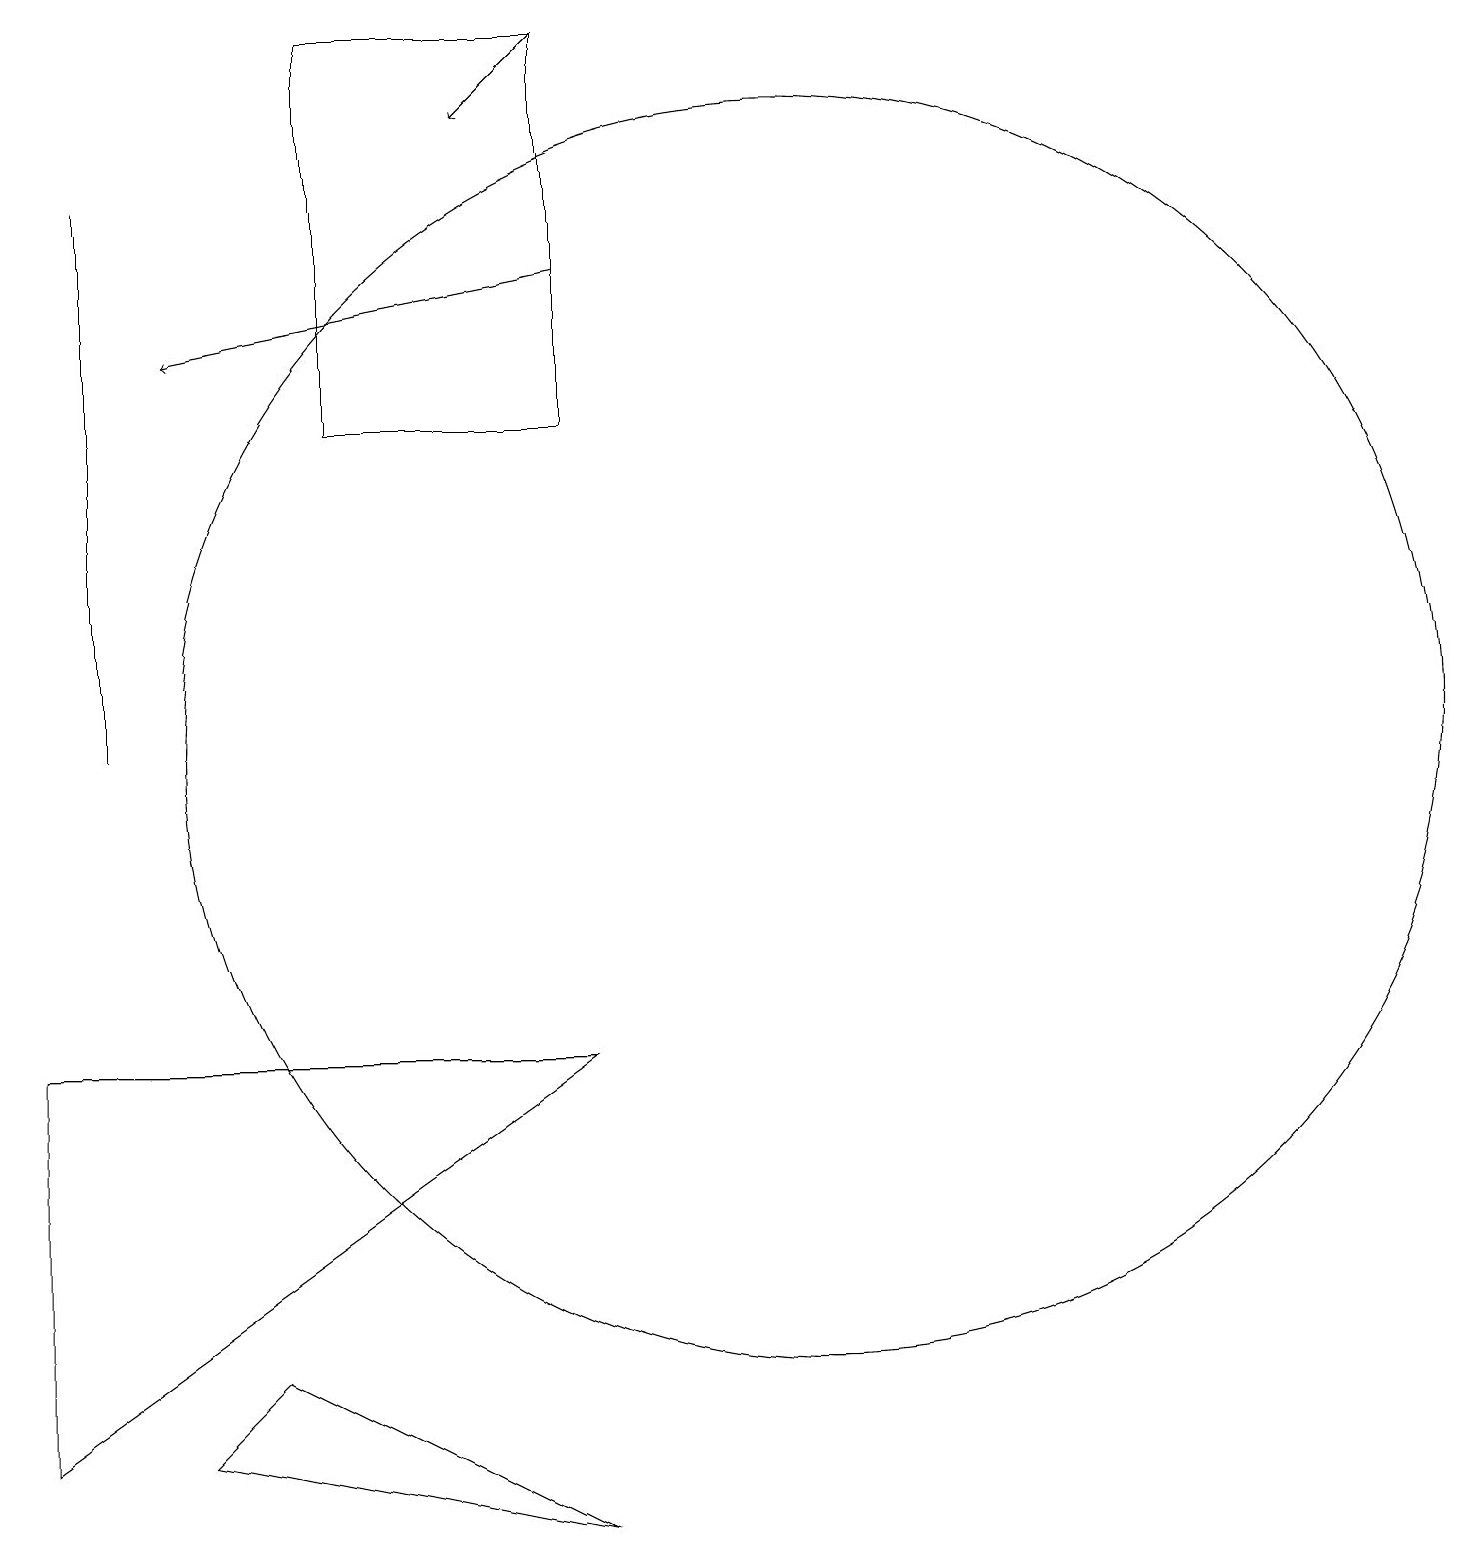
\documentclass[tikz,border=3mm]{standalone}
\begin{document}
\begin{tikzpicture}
\draw (2,17) rectangle (2,10);
\draw[->] (8,16) -- (3,15);
\draw (3,1) -- (4,2) -- (8,0) -- cycle;
\draw (5,19) rectangle (8,14);
\draw (11,10) circle (8);
\draw[->] (8,19) -- (7,18);
\draw (1,6) -- (8,6) -- (1,1) -- cycle;
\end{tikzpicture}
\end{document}